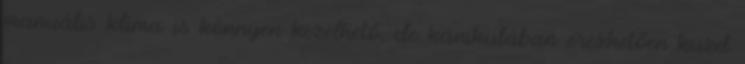
manuális klíma is könnyen kezelhető, de kánikulában érezhetően küzd